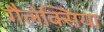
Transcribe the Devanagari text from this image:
गैलेक्सिया